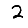
Digit: 2